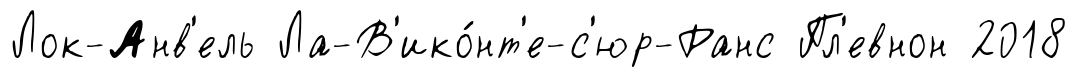
Лок-Анв'ель Ла-В'ико́нт'е-с'юр-Ранс Пл'евнон 2018